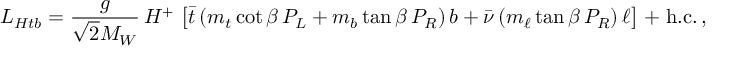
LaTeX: { \cal L } _ { H t b } = { \frac { g } { \sqrt { 2 } M _ { W } } } \, H ^ { + } \, \left[ \bar { t } \, ( m _ { t } \cot \beta \, P _ { L } + m _ { b } \tan \beta \, P _ { R } ) \, b + \bar { \nu } \, ( m _ { \ell } \tan \beta \, P _ { R } ) \, \ell \right] \, + \, \mathrm { h . c . } \, ,